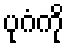
ပုဂံကို